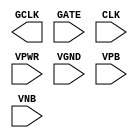
module sky130_fd_sc_ms__dlclkp (
    GCLK,
    GATE,
    CLK ,
    VPWR,
    VGND,
    VPB ,
    VNB
);

    output GCLK;
    input  GATE;
    input  CLK ;
    input  VPWR;
    input  VGND;
    input  VPB ;
    input  VNB ;
endmodule